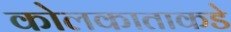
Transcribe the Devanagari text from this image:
कोलकाताकडे